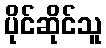
ပိုင်ဆိုင်သူ